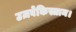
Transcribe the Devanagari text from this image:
उज़बेकिस्तान।